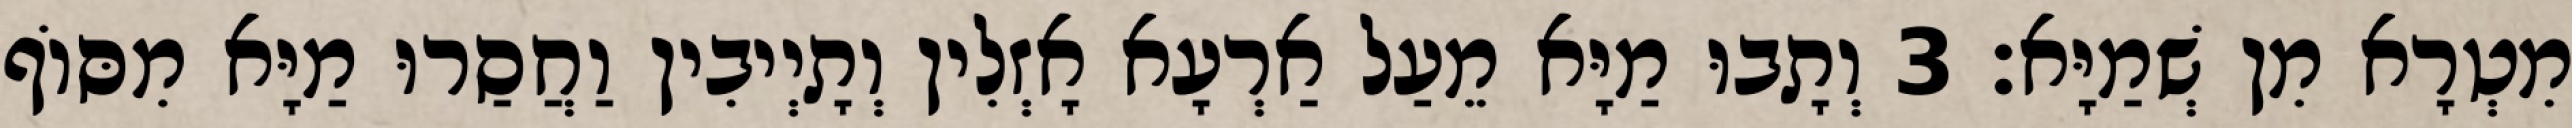
מִטְרָא מִן שְׁמַיָּא׃ 3 וְתָבוּ מַיָּא מֵעַל אַרְעָא אָזְלִין וְתָיְיבִין וַחֲסַרוּ מַיָּא מִסּוֹף